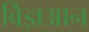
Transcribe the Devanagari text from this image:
विज्ञआन